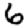
Digit: 6